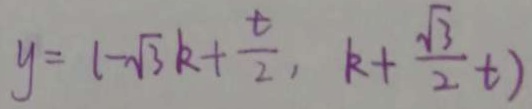
y = 1 - \sqrt { 3 } k + \frac { t } { 2 } , k + \frac { \sqrt { 3 } } { 2 } t )